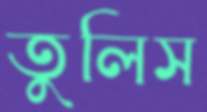
তুলিস